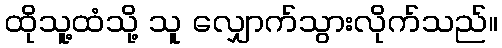
ထိုသူ့ထံသို့ သူ လျှောက်သွားလိုက်သည်။